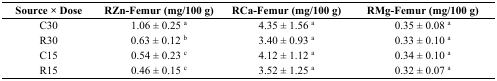
<table><thead><tr><td><b>Source × Dose</b></td><td><b>RZn-Femur (mg/100 g)</b></td><td><b>RCa-Femur (mg/100 g)</b></td><td><b>RMg-Femur (mg/100 g)</b></td></tr></thead><tbody><tr><td>C30</td><td>1.06 ± 0.25 <sup>a</sup></td><td>4.35 ± 1.56 <sup>a</sup></td><td>0.35 ± 0.08 <sup>a</sup></td></tr><tr><td>R30</td><td>0.63 ± 0.12 <sup>b</sup></td><td>3.40 ± 0.93 <sup>a</sup></td><td>0.33 ± 0.10 <sup>a</sup></td></tr><tr><td>C15</td><td>0.54 ± 0.23 <sup>c</sup></td><td>4.12 ± 1.12 <sup>a</sup></td><td>0.34 ± 0.10 <sup>a</sup></td></tr><tr><td>R15</td><td>0.46 ± 0.15 <sup>c</sup></td><td>3.52 ± 1.25 <sup>a</sup></td><td>0.32 ± 0.07 <sup>a</sup></td></tr></tbody></table>